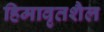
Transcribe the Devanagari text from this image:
हिमावृतशैल